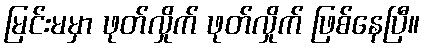
မြင်းမမှာ ဖုတ်လှိုက် ဖုတ်လှိုက် ဖြစ်နေပြီ။